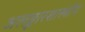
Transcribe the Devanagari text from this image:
अलङ्कारशास्त्रीय